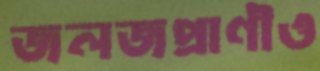
জলজপ্রাণীও